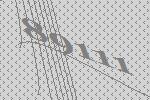
89111